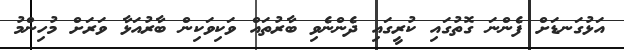
އަޅުގަނޑަށް ފެންނަ ގޮތުގައި ކުރީގައި ދެންނެވި ބާރުތައް ވަކިވަކިން ބާރުއަޅާ ވަރަށް މުހިންމު